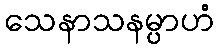
သေနာသနမ္ပာဟံ